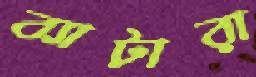
ব্যাটারা